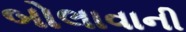
બોલાવાની